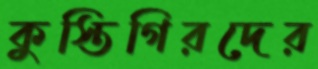
কুস্তিগিরদের